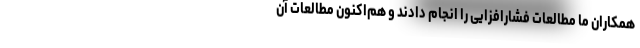
همکاران ما مطالعات فشارافزایی را انجام دادند و هم‌اکنون مطالعات آن